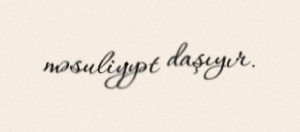
məsuliyyət daşıyır.